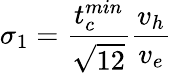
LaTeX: \sigma_{1}=\frac{t_{c}^{min}}{\sqrt{12}}\frac{v_{h}}{v_{e}}